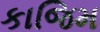
કાજિમ